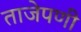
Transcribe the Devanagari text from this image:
ताजेपणी